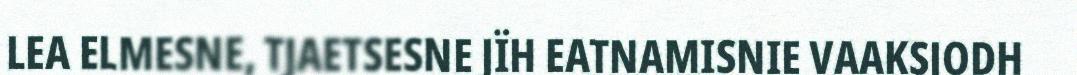
LEA ELMESNE, TJAETSESNE JÏH EATNAMISNIE VAAKSJODH